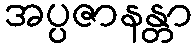
အပ္ပဇာနန္တာ